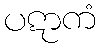
ပဋာကံ